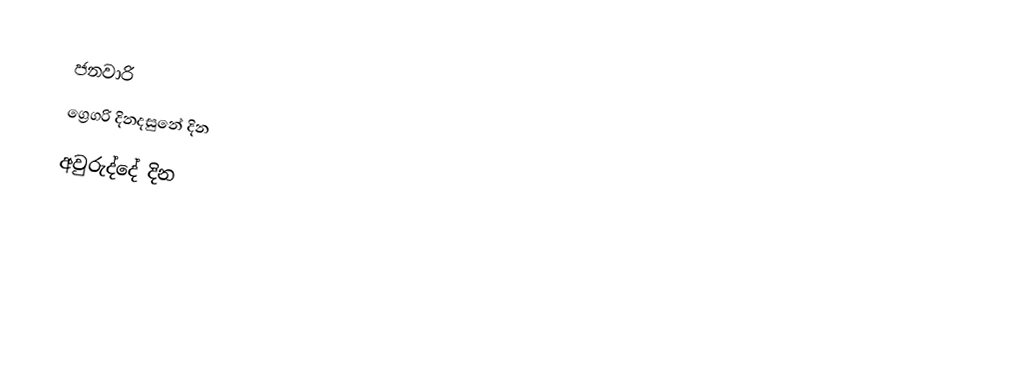
ජනවාරි
ග්‍රෙගරි දිනදසුනේ දින
අවුරුද්දේ දින